Report on the working of the mental hospitals for Indians in Bihar and Orissa - 1925-1929
Year: 1925
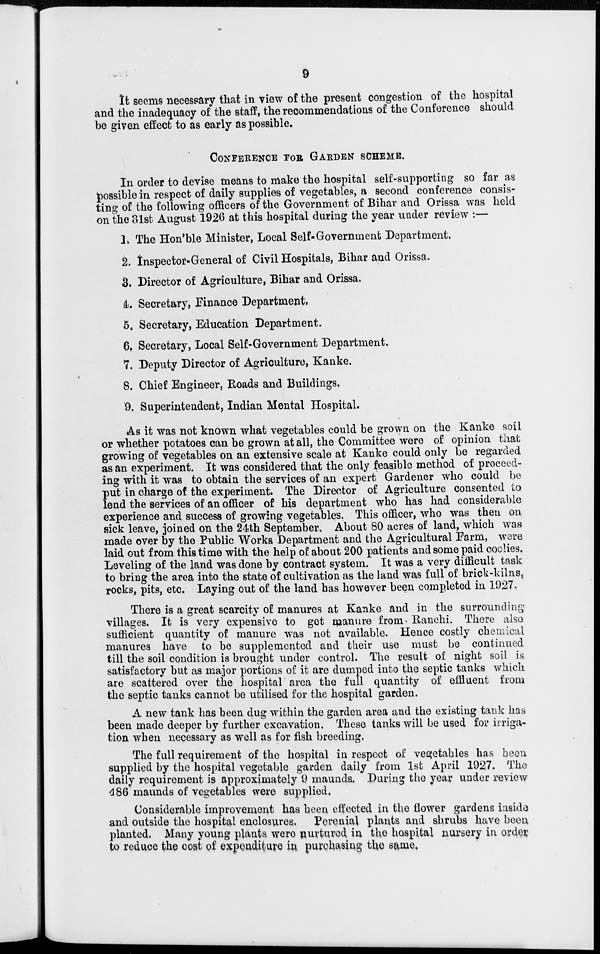
9
It seems necessary that in view of the present congestion of the hospital
and the inadequacy of the staff, the recommendations of the Conference should
be given effect to as early as possible.
CONFERENCE FOR GARDEN SCHEME.
In order to devise means to make the hospital self-supporting so far as
possible in respect of daily supplies of vegetables, a second conference consis-
ting of the following officers of the Government of Bihar and Orissa was held
on the 31st August 1926 at this hospital during the year under review :—
1. The Hon'ble Minister, Local Self-Government Department.
2. Inspector-General of Civil Hospitals, Bihar and Orissa.
3. Director of Agriculture, Bihar and Orissa.
4. Secretary, Finance Department,
5. Secretary, Education Department.
6. Secretary, Local Self-Government Department.
7. Deputy Director of Agriculture, Kanke.
8. Chief Engineer, Roads and Buildings.
9. Superintendent, Indian Mental Hospital.
As it was not known what vegetables could be grown on the Kanke soil
or whether potatoes can be grown at all, the Committee were of opinion that
growing of vegetables on an extensive scale at Kanke could only be regarded
as an experiment. It was considered that the only feasible method of proceed-
ing with it was to obtain the services of an expert Gardener who could be
put in charge of the experiment. The Director of Agriculture consented to
lend the services of an officer of his department who has had considerable
experience and success of growing vegetables. This officer, who was then on
sick leave, joined on the 24th September, About 80 acres of land, which was
made over by the Public Works Department and the Agricultural Farm, were
laid out from this time with the help of about 200 patients and some paid coolies.
Leveling of the land was done by contract system. It was a very difficult task
to bring the area into the state of cultivation as the land was full of brick-kilns,
rocks, pits, etc. Laying out of the land has however been completed in 1927.
There is a great scarcity of manures at Kanke and in the surrounding
villages. It is very expensive to get manure from Ranchi. There also
sufficient quantity of manure was not available. Hence costly chemical
manures have to be supplemented and their use must be continued
till the soil condition is brought under control. The result of night soil is
satisfactory but as major portions of it are dumped into the septic tanks which
are scattered over the hospital area the full quantity of effluent from
the septic tanks cannot be utilised for the hospital garden.
A new tank has been dug within the garden area and the existing tank has
been made deeper by further excavation. These tanks will be used for irriga-
tion when necessary as well as for fish breeding.
The full requirement of the hospital in respect of vegetables has been
supplied by the hospital vegetable garden daily from 1st April 1927. The
daily requirement is approximately 9 maunds. During the year under review
486 maunds of vegetables were supplied.
Considerable improvement has been effected in the flower gardens inside
and outside the hospital enclosures. Perenial plants and shrubs have been
planted. Many young plants were nurtured in the hospital nursery in order
to reduce the cost of expenditure in purchasing the same.